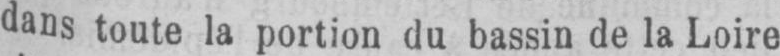
dans toute la portion du bassin de la Loire